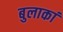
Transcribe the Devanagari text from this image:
बुलाकां